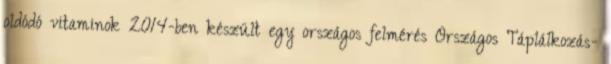
oldódó vitaminok 2014-ben készült egy országos felmérés Országos Táplálkozás-